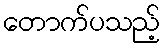
တောက်ပသည့်